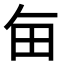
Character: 𤰗